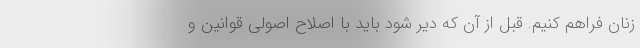
زنان فراهم کنیم. قبل از آن که دیر شود باید با اصلاح اصولی قوانین و